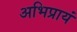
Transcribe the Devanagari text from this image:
अभिप्रायं